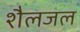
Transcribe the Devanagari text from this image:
शैलजल